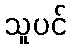
သူပင်